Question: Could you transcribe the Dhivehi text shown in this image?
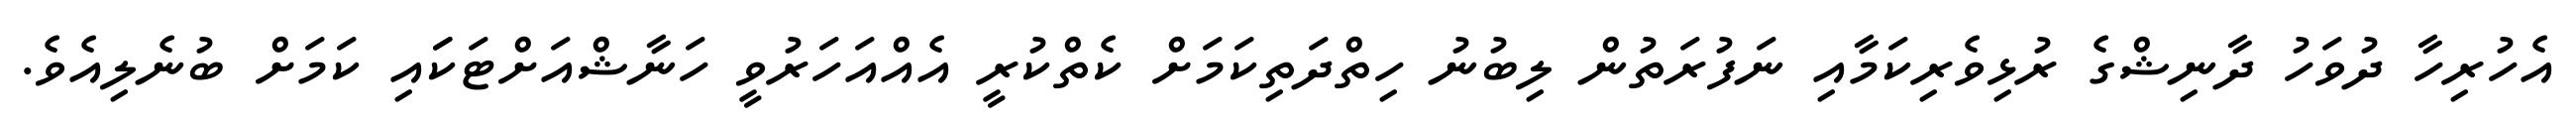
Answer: އެހުރިހާ ދުވަހު ދާނިޝްގެ ރުޅިވެރިކަމާއި ނަފުރަތުން ލިބުނު ހިތްދަތިކަމަށް ކެތްކުރީ އެއްއަހަރުވީ ހަނާޝްއަށްޓަކަައި ކަމަށް ބުނެލިއެވެ.